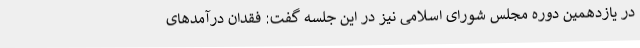
در یازدهمین دوره مجلس شورای اسلامی نیز در این جلسه گفت: فقدان درآمدهای